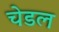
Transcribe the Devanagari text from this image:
चेडल